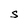
Character: S